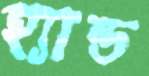
হ্যান্ড